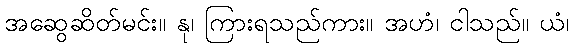
အဆွေဆိတ်မင်း။ နု၊ ကြားရသည်ကား။ အဟံ၊ ငါသည်။ ယံ၊